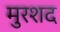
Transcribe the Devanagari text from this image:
मुरशद